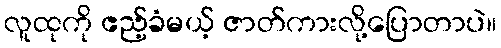
လူထုကို ဧည့်ခံမယ့် ဇာတ်ကားလို့ပြောတာပဲ။